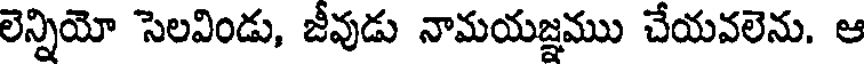
లెన్నియో సెలవిండు, జీవుడు నామయజ్ఞము చేయవలెను. ఆ